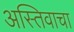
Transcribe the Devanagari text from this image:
अस्तिवाचा